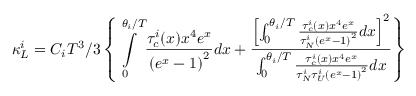
\kappa _ { L } ^ { i } = C _ { i } T ^ { 3 } / 3 \left\{ \intop _ { 0 } ^ { \theta _ { i } / T } \frac { \tau _ { c } ^ { i } ( x ) x ^ { 4 } e ^ { x } } { \left( e ^ { x } - 1 \right) ^ { 2 } } d x + \frac { \left[ \intop _ { 0 } ^ { \theta _ { i } / T } \frac { \tau _ { c } ^ { i } ( x ) x ^ { 4 } e ^ { x } } { \tau _ { N } ^ { i } \left( e ^ { x } - 1 \right) ^ { 2 } } d x \right] ^ { 2 } } { \intop _ { 0 } ^ { \theta _ { i } / T } \frac { \tau _ { c } ^ { i } ( x ) x ^ { 4 } e ^ { x } } { \tau _ { N } ^ { i } \tau _ { U } ^ { i } \left( e ^ { x } - 1 \right) ^ { 2 } } d x } \right\}